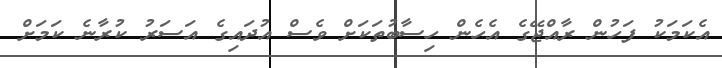
އެކަމަކު ފަހުން ރާއްޖޭގެ އެހެން ހިސާބުތަކަށް ވެސް އުދައިގެ އަސަރު ކުރާނެ ކަމަށް